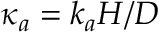
\kappa _ { a } = k _ { a } H / D